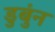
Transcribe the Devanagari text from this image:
डुबुंन